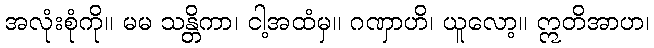
အလုံးစုံကို။ မမ သန္တိကာ၊ ငါ့အထံမှ။ ဂဏှာဟိ၊ ယူလော့။ ဣတိအာဟ၊